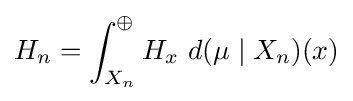
H_{n}=\int _{X_{n}}^{\oplus }H_{x}\ d(\mu \mid X_{n})(x)